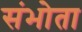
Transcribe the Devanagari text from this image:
संभोता